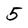
Character: 5